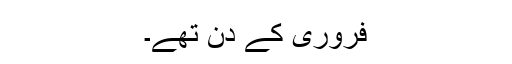
فروری کے دن تھے۔